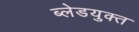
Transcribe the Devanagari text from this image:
ब्लेडयुक्त